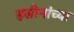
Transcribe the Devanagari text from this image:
हसीनांच्या